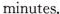
minutes.